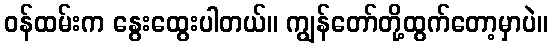
ဝန်ထမ်းက နွေးထွေးပါတယ်။ ကျွန်တော်တို့ထွက်တော့မှာပဲ။